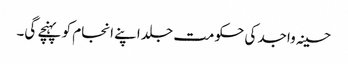
حسینہ واجد کی حکومت جلد اپنے انجام کو پہنچے گی۔